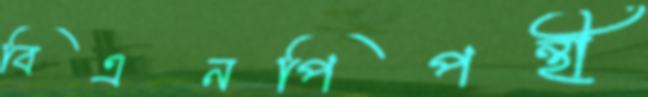
বিএনপিপন্থী